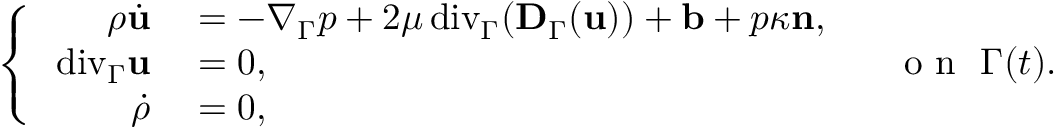
\left\{ \begin{array} { r l } { \rho \dot { \mathbf u } } & { { } = - \nabla _ { \Gamma } p + 2 \mu { \mathop { \, \mathrm { d i v } } } _ { \Gamma } ( \mathbf D _ { \Gamma } ( \mathbf u ) ) + \mathbf b + p \kappa \mathbf n , } \\ { { \mathop { \, \mathrm { d i v } } } _ { \Gamma } \mathbf u } & { { } = 0 , } \\ { \dot { \rho } } & { { } = 0 , } \end{array} \right. \quad \mathrm { ~ o ~ n ~ } ~ \Gamma ( t ) .